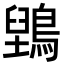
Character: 𮭇